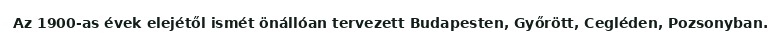
Az 1900-as évek elejétől ismét önállóan tervezett Budapesten, Győrött, Cegléden, Pozsonyban.